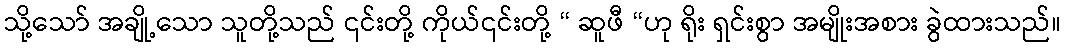
သို့သော် အချို့သော သူတို့သည် ၎င်းတို့ ကိုယ်၎င်းတို့ “ ဆူဖီ “ဟု ရိုး ရှင်းစွာ အမျိုးအစား ခွဲထားသည်။